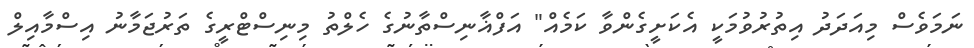
ނަމަވެސް މިއަދަދު އިތުރުވުމަކީ އެކަށީގެންވާ ކަމެއް" އަފްޣާނިސްތާނުގެ ހެލްތު މިނިސްޓްރީގެ ތަރުޖަމާނު އިސްމާއިލް